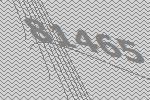
81465